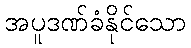
အပူဒဏ်ခံနိုင်သော